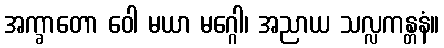
အက္ခာတော ဝေါ မယာ မဂ္ဂေါ၊ အညာယ သလ္လကန္တနံ။